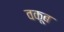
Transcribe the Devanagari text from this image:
वकूब